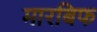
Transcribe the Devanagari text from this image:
मारबिफ